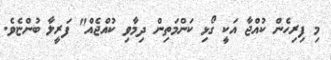
މި ފިރިހެން ކުއްޖާ އަކީ ގޯޅި ކަންމަތިން ދިމާވި ކުއްޖެއް" ފަރީލާ ބުންޏެވެ.